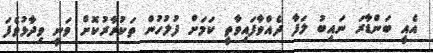
އެއީ ބަންޑާރަ ނައިބު ލަފާ ދެއްވާފައިވާތީ ކަމަށް ފުލުހުން ތަކުރާރުކޮށް ވަނީ ވިދާޅުވެފަ